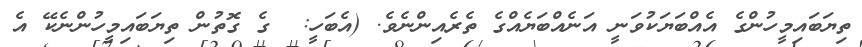
ތިޔަބައިމީހުންގެ އެއްބަޔަކުވަނީ އަނެއްބަޔެއްގެ ތެރެއިންނެވެ. (އެބަހީ:  ގެ ގޮތުން ތިޔަބައިމީހުންނެކޭ އެ